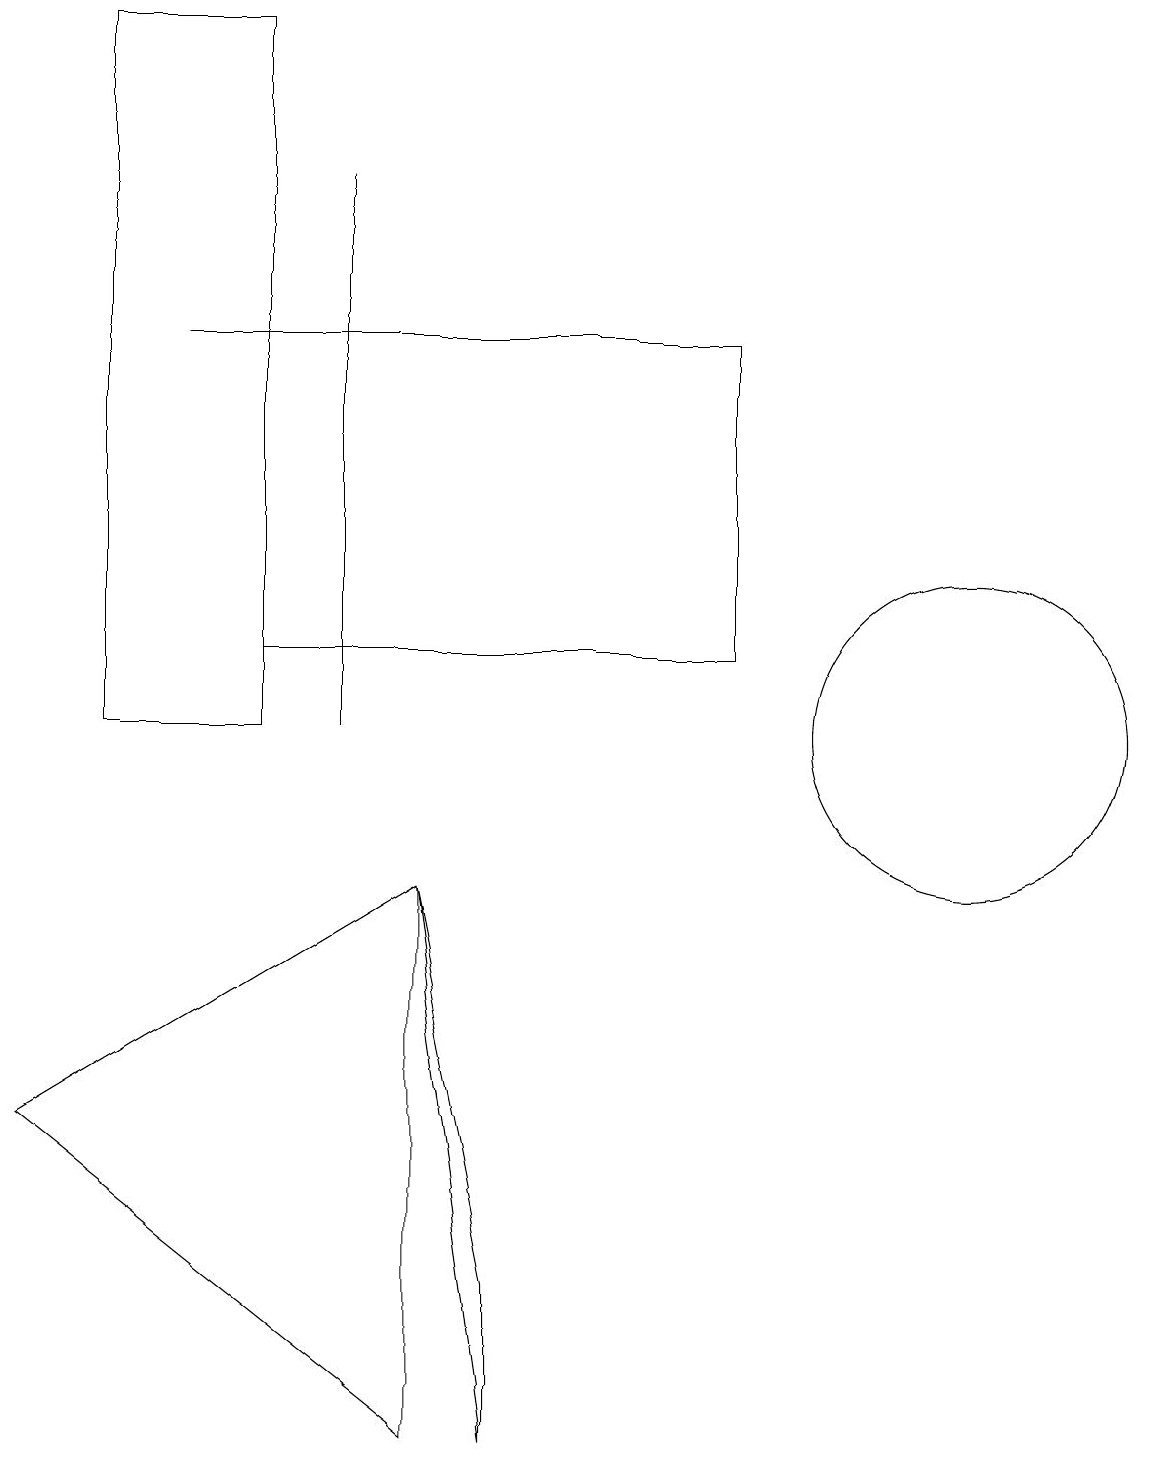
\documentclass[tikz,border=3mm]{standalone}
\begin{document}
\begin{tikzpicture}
\draw (2,15) rectangle (4,15);
\draw (3,11) rectangle (9,15);
\draw (6,3) -- (6,1) -- (5,8) -- cycle;
\draw (12,10) circle (2);
\draw (5,8) -- (0,5) -- (5,1) -- cycle;
\draw (4,17) rectangle (4,10);
\draw (1,19) rectangle (3,10);
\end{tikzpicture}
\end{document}